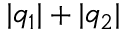
| q _ { 1 } | + | q _ { 2 } |